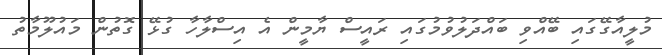
މުލީއާގޭގައި ބޭއްވި ބައްދަލުވުމުގައި ރައީސް ޔާމީން އެ އިސްލާހާ ގުޅޭ ގޮތުން މައުލޫމާތު